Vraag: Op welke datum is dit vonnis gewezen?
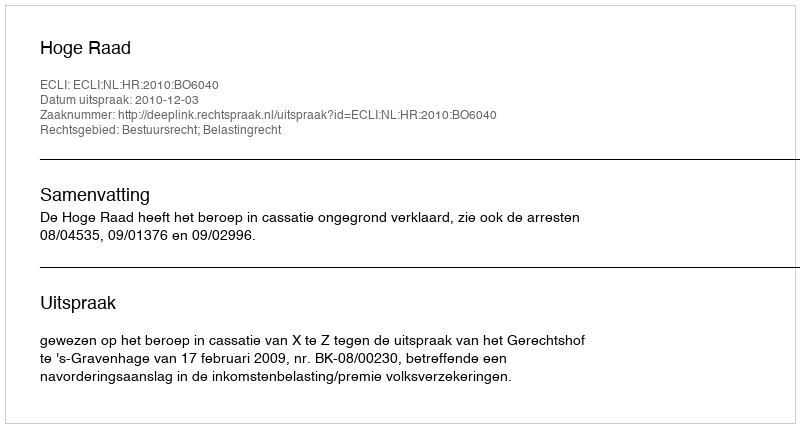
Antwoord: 2010-12-03